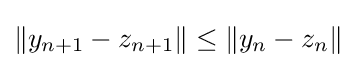
\|y_{n+1}-z_{n+1}\|\leq \|y_{n}-z_{n}\|